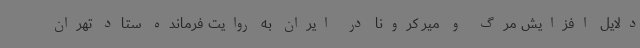
دلایل افزایش مرگ و میر کرونا در ایران به روایت فرمانده ستاد تهران